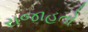
રાજાહતો